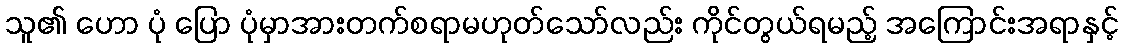
သူ၏ ဟော ပုံ ပြော ပုံမှာအားတက်စရာမဟုတ်သော်လည်း ကိုင်တွယ်ရမည့် အကြောင်းအရာနှင့်